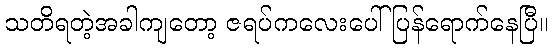
သတိရတဲ့အခါကျတော့ ဇရပ်ကလေးပေါ် ပြန်ရောက်နေပြီ။